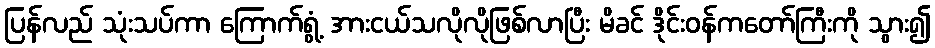
ပြန်လည် သုံးသပ်ကာ ကြောက်ရွံ့ အားငယ်သလိုလိုဖြစ်လာပြီး မိခင် ဒိုင်းဝန်ကတော်ကြီးကို သွား၍